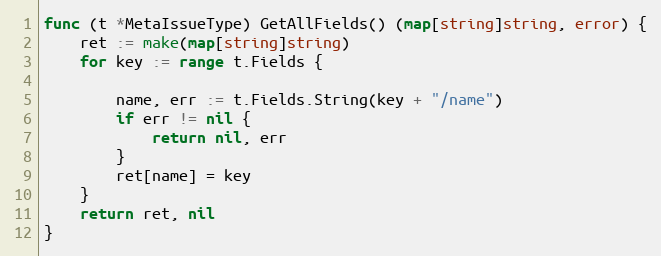
Language: Go
func (t *MetaIssueType) GetAllFields() (map[string]string, error) {
	ret := make(map[string]string)
	for key := range t.Fields {

		name, err := t.Fields.String(key + "/name")
		if err != nil {
			return nil, err
		}
		ret[name] = key
	}
	return ret, nil
}